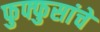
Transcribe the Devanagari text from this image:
फुफ्फुसांचे